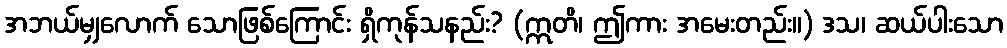
အဘယ်မျှလောက် သောဖြစ်ကြောင်း ရှိကုန်သနည်း? (ဣတိ၊ ဤကား အမေးတည်း။) ဒသ၊ ဆယ်ပါးသော